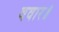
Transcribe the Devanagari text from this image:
ववार॥